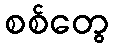
စစ်တွေ